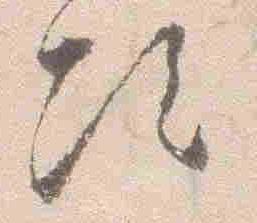
次